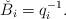
LaTeX: \begin{align*} \check{B}_{i} = q_{i}^{- 1}. \end{align*}